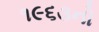
૧૯૬૩નો